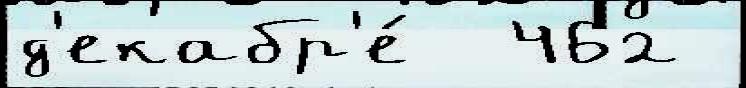
д'екабр'е́  462